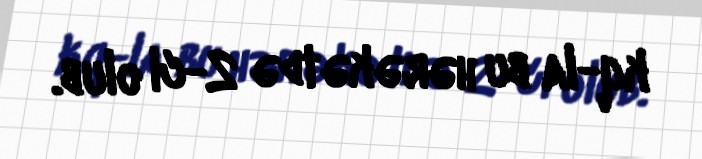
kq-la bu hərəkətdə 2-ci olub.